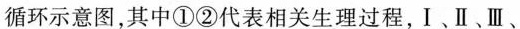
循环示意图，其中①②代表相关生理过程，I﹑Ⅱ、Ⅲ、